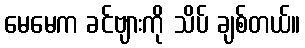
မေမေက ခင်ဗျားကို သိပ် ချစ်တယ်။